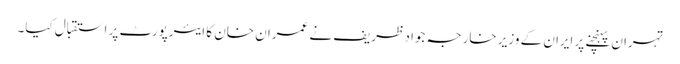
تہران پہنچنے پر ایران کے وزیر خارجہ جواد ظریف نے عمران خان کا ایئرپورٹ پر استقبال کیا۔